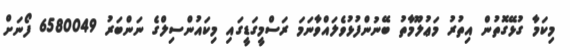
މިކަމާ ގުޅޭގޮތުން އިތުރު މަޢުލޫމާތު ބޭނުންފުޅުވެލައްވާނަމަ ރަސްމީގަޑީގައި މިކައުންސިލްގެ ނަންބަރު 6580049 ފޯނަށް